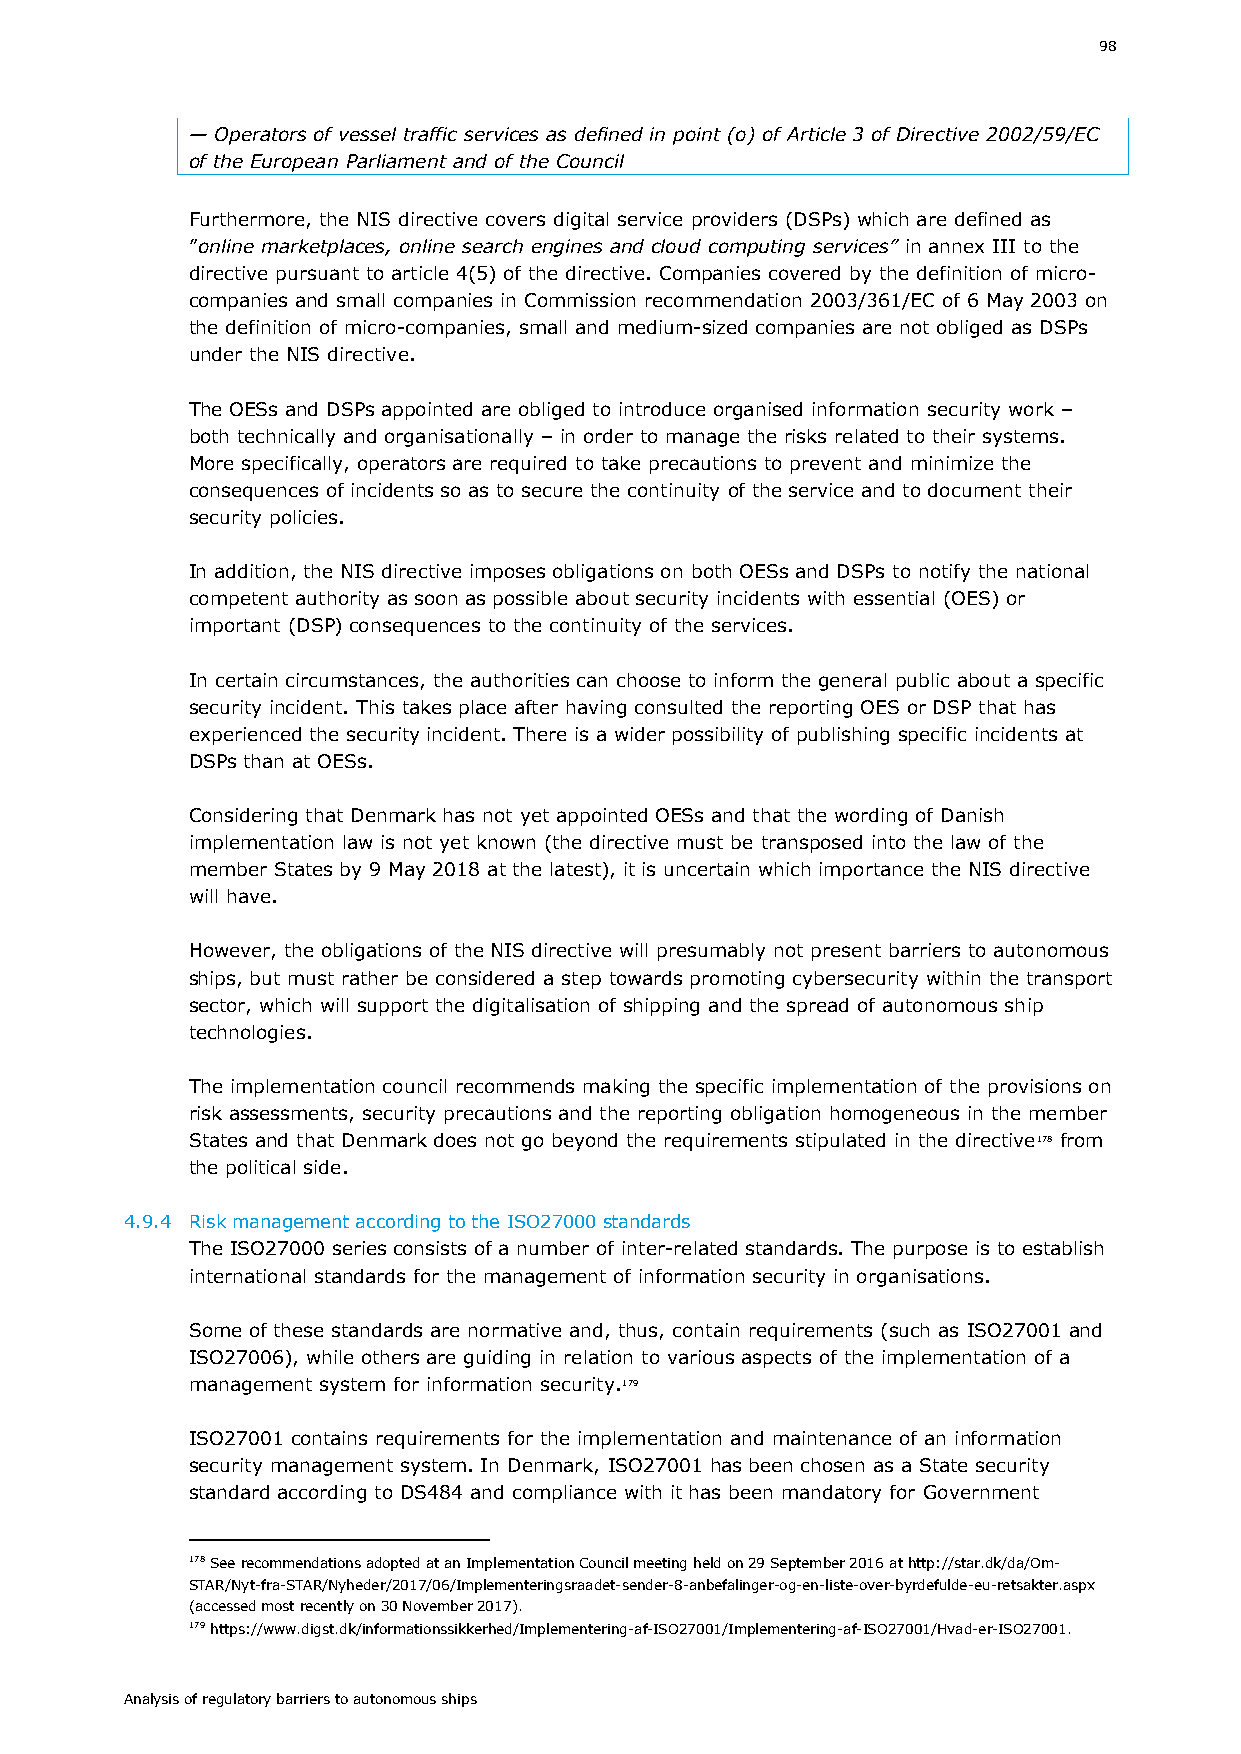
98
 — Operators of vessel traffic services as defined in point (o) of Article 3 of Directive 2002/59/EC
 of the European Parliament and of the Council
 Furthermore, the NIS directive covers digital service providers (DSPs) which are defined as
 ”online marketplaces, online search engines and cloud computing services” in annex III to the
 directive pursuant to article 4(5) of the directive. Companies covered by the definition of micro-
 companies and small companies in Commission recommendation 2003/361/EC of 6 May 2003 on
 the definition of micro-companies, small and medium-sized companies are not obliged as DSPs
 under the NIS directive.
 The OESs and DSPs appointed are obliged to introduce organised information security work –
 both technically and organisationally – in order to manage the risks related to their systems.
 More specifically, operators are required to take precautions to prevent and minimize the
 consequences of incidents so as to secure the continuity of the service and to document their
 security policies.
 In addition, the NIS directive imposes obligations on both OESs and DSPs to notify the national
 competent authority as soon as possible about security incidents with essential (OES) or
 important (DSP) consequences to the continuity of the services.
 In certain circumstances, the authorities can choose to inform the general public about a specific
 security incident. This takes place after having consulted the reporting OES or DSP that has
 experienced the security incident. There is a wider possibility of publishing specific incidents at
 DSPs than at OESs.
 Considering that Denmark has not yet appointed OESs and that the wording of Danish
 implementation law is not yet known (the directive must be transposed into the law of the
 member States by 9 May 2018 at the latest), it is uncertain which importance the NIS directive
 will have.
 However, the obligations of the NIS directive will presumably not present barriers to autonomous
 ships, but must rather be considered a step towards promoting cybersecurity within the transport
 sector, which will support the digitalisation of shipping and the spread of autonomous ship
 technologies.
 The implementation council recommends making the specific implementation of the provisions on
 risk assessments, security precautions and the reporting obligation homogeneous in the member
 States and that Denmark does not go beyond the requirements stipulated in the directive178 from
 the political side.
 4.9.4 Risk management according to the ISO27000 standards
 The ISO27000 series consists of a number of inter-related standards. The purpose is to establish
 international standards for the management of information security in organisations.
 Some of these standards are normative and, thus, contain requirements (such as ISO27001 and
 ISO27006), while others are guiding in relation to various aspects of the implementation of a
 management system for information security.179
 ISO27001 contains requirements for the implementation and maintenance of an information
 security management system. In Denmark, ISO27001 has been chosen as a State security
 standard according to DS484 and compliance with it has been mandatory for Government
 178 See recommendations adopted at an Implementation Council meeting held on 29 September 2016 at http://star.dk/da/Om-
 STAR/Nyt-fra-STAR/Nyheder/2017/06/Implementeringsraadet-sender-8-anbefalinger-og-en-liste-over-byrdefulde-eu-retsakter.aspx
 (accessed most recently on 30 November 2017).
 179 https://www.digst.dk/informationssikkerhed/Implementering-af-ISO27001/Implementering-af-ISO27001/Hvad-er-ISO27001.
 Analysis of regulatory barriers to autonomous ships